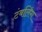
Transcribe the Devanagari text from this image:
टंबलिंग